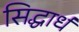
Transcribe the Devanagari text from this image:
सिद्धार्ध